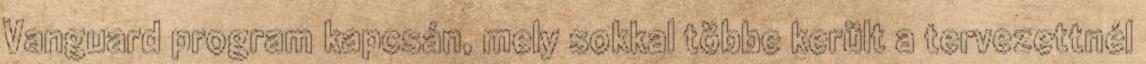
Vanguard program kapcsán, mely sokkal többe került a tervezettnél